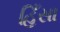
હિઁસા